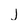
Character: j